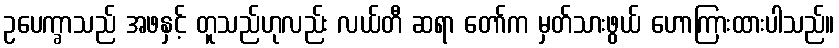
ဥပေက္ခာသည် အဖနှင့် တူသည်ဟုလည်း လယ်တီ ဆရာ တော်က မှတ်သားဖွယ် ဟောကြားထားပါသည်။